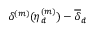
\delta ^ { ( m ) } ( \boldsymbol { \eta } _ { d } ^ { ( m ) } ) - \overline { { \delta } } _ { d }